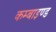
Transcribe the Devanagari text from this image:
कम्बाइण्ड